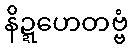
နိဍ္ဍဟေတဗ္ဗံ